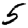
Digit: 5